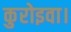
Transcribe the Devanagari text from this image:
कुरोइवा।